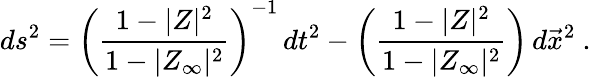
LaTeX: ds^{2}=\left({\frac{1-|Z|^{2}}{1-|Z_{\infty}|^{2}}}\right)^{-1}\, dt^{2}-\left({\frac{1-|Z|^{2}}{1-|Z_{\infty}|^{2}}}\right)\, d\vec{x}^{2}\ .